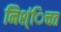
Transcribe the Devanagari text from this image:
निश्ंिचत